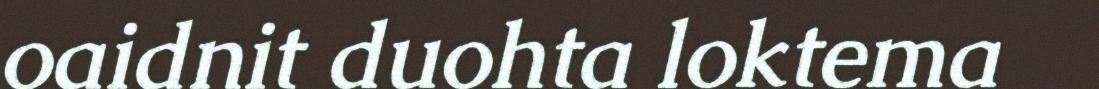
oaidnit duohta loktema